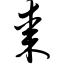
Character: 枣